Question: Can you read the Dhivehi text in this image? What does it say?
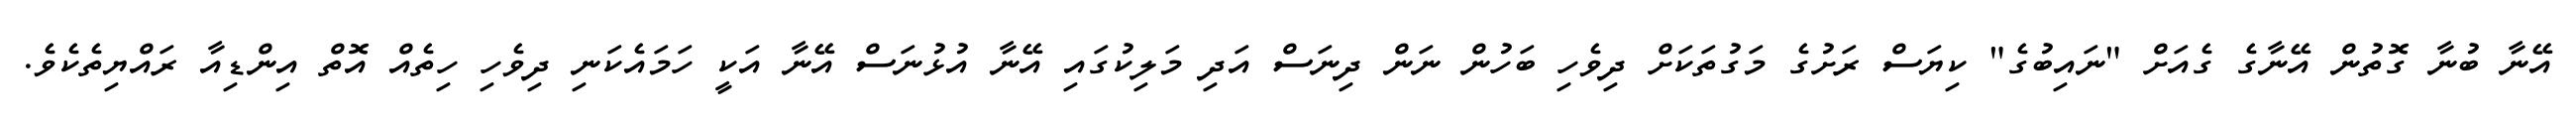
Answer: އޭނާ ބުނާ ގޮތުން އޭނާގެ ގެއަށް "ނައިބުގެ" ކިޔަސް ރަށުގެ މަގުތަކަށް ދިވެހި ބަހުން ނަން ދިނަސް އަދި މަލިކުގައި އޭނާ އުޅުނަސް އޭނާ އަކީ ހަމައެކަނި ދިވެހި ހިތެއް އޮތް އިންޑިއާ ރައްޔިތެކެވެ.